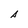
Character: A